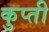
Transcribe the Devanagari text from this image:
कुप्ती